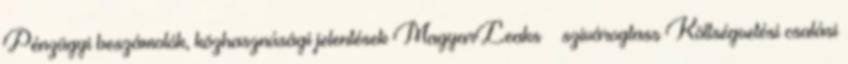
Pénzügyi beszámolók, közhasznúsági jelentések MagyarLeaks – szivárogtass Költségvetési csalási